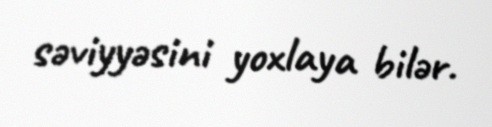
səviyyəsini yoxlaya bilər.